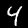
Label: 4